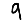
Digit: 9